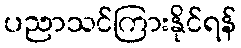
ပညာသင်ကြားနိုင်ရန်